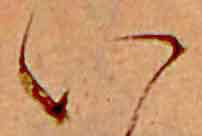
い